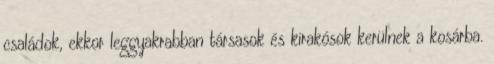
családok, ekkor leggyakrabban társasok és kirakósok kerülnek a kosárba.